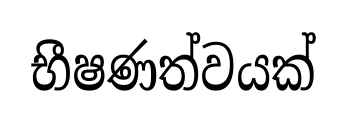
භීෂණත්වයක්